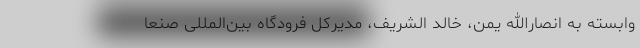
وابسته به انصارالله یمن، خالد الشریف، مدیرکل فرودگاه بین‌المللی صنعا